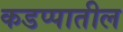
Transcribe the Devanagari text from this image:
कडप्पातील